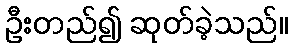
ဦးတည်၍ ဆုတ်ခဲ့သည်။